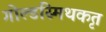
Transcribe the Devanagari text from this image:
गोल्डस्मिथकृत